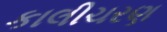
કાલીચરણ